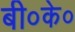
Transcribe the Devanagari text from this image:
बी०के०